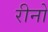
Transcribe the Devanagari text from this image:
रीनो